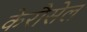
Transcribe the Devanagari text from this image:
केरौसेल